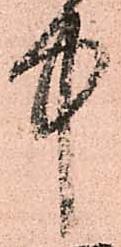
中